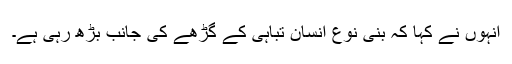
انہوں نے کہا کہ بنی نوع انسان تباہی کے گڑھے کی جانب بڑھ رہی ہے۔